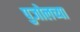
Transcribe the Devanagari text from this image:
पुजोलच्या